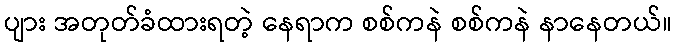
ပျား အတုတ်ခံထားရတဲ့ နေရာက စစ်ကနဲ စစ်ကနဲ နာနေတယ်။